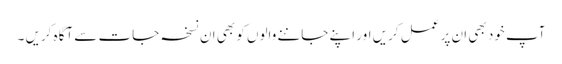
آپ خود بھی ان پر عمل کریں اور اپنے جاننے والوں کو بھی ان نسخہ جات سے آگاہ کریں ۔